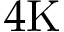
4 \mathrm { K }